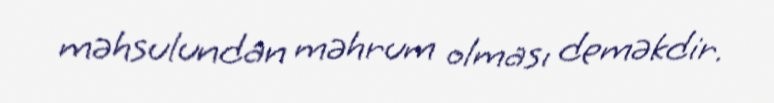
məhsulundan məhrum olması deməkdir.